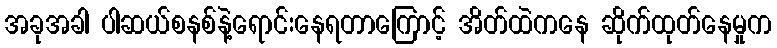
အခုအခါ ပါဆယ်စနစ်နဲ့ရောင်းနေရတာကြောင့် အိတ်ထဲကနေ ဆိုက်ထုတ်နေမှုက